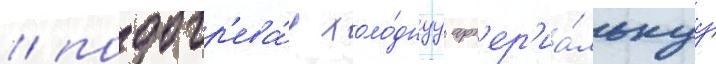
/ подогр'ева́я холо́днуу арт'ер'иа́льнуу